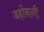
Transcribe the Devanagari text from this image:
जड़ोंवाली